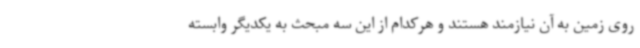
روی زمین به آن نیازمند هستند و هرکدام از این سه مبحث به یکدیگر وابسته